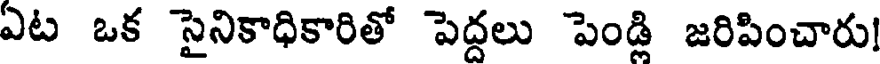
ఏట ఒక సైనికాధికారితో పెద్దలు పెండ్లి జరిపించారు